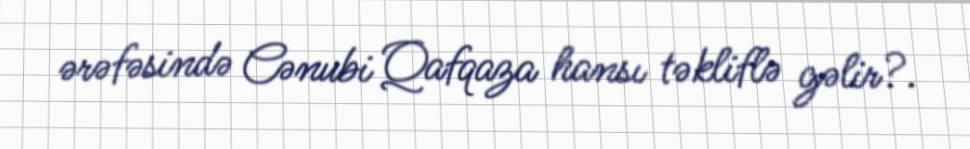
ərəfəsində Cənubi Qafqaza hansı təkliflə gəlir?.